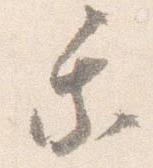
乗